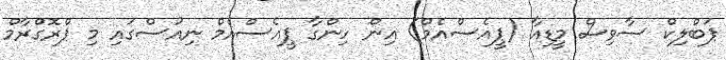
ޕަބްލިކް ސާވިސް މީޑިއާ (ޕީއެސްއެމް) އިން ހިންގާ ޕީއެސްއެމް ނިއުސްގައި މި ޕްރޮގްރާމް